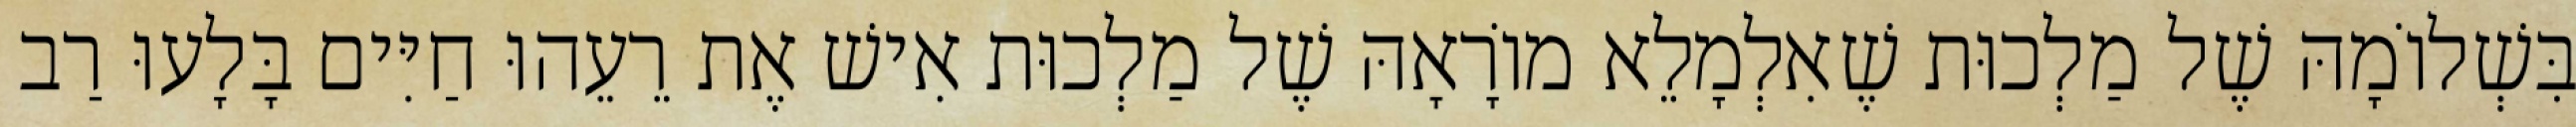
בִּשְׁלוֹמָהּ שֶׁל מַלְכוּת שֶׁאִלְמָלֵא מוֹרָאָהּ שֶׁל מַלְכוּת אִישׁ אֶת רֵעֵהוּ חַיִּים בָּלָעוּ רַב